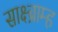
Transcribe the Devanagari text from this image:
साक्ष्ब्राम्ह